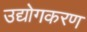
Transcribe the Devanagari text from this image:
उद्योगकरण